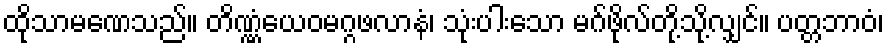
ထိုသာမဏေသည်။ တိဏ္ဏံယေဝမဂ္ဂဖလာနံ၊ သုံးပါးသော မဂ်ဖိုလ်တို့သို့လျှင်။ ပတ္တဘာဝံ၊